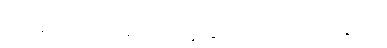
သို့သော်လည်း သူဆက်ပြောသည်။